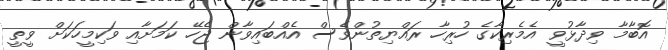
އޮބާމާ ވިދާޅުވީ އެމެރިކާގެ ހުރިހާ ރައްޔިތުންވެސް އެއްބައިވާން ޖެހޭ ކަމަށާއި ވަކިމީހަކަށް ވީތީ